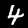
Label: 4